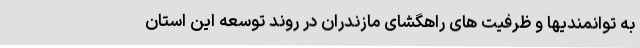
به توانمندیها و ظرفیت های راهگشای مازندران در روند توسعه این استان